Indian journal of veterinary science and animal husbandry - Volume 1,
Year: 1931
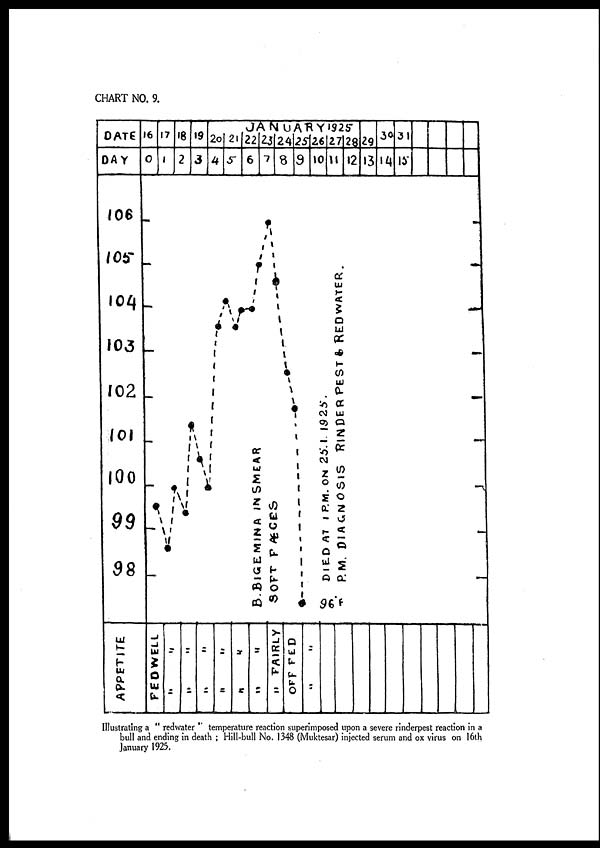
Illustrating a " redwater " temperature reaction superimposed upon a severe rinderpest reaction in a
bull and ending in death ; Hill-bull No. 1348 (Muktesar) injected serum and ox virus on 16th
January 1925.